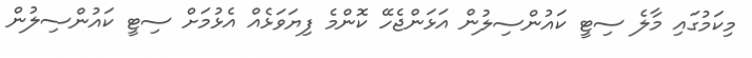
މިކަމުގައި މާލެ ސިޓީ ކައުންސިލުން އަޅަންޖެހޭ ކޮންމެ ފިޔަވަޅެއް އެޅުމަށް ސިޓީ ކައުންސިލުން